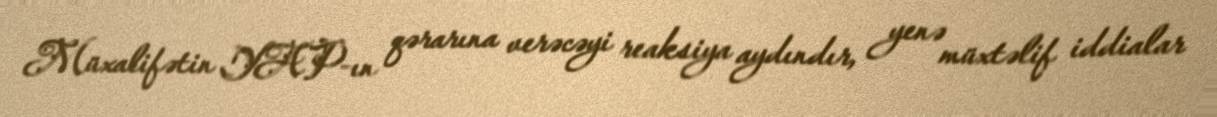
Müxalifətin YAP-ın qərarına verəcəyi reaksiya aydındır, yenə müxtəlif iddialar